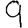
Digit: 9